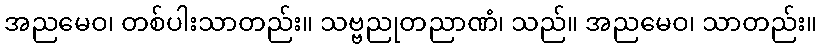
အညမေဝ၊ တစ်ပါးသာတည်း။ သဗ္ဗညုတညာဏံ၊ သည်။ အညမေဝ၊ သာတည်း။